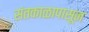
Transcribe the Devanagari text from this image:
संतकाळापासून